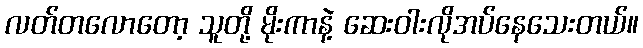
လတ်တလောတော့ သူတို့ မိုးကာနဲ့ ဆေးဝါးလိုအပ်နေသေးတယ်။